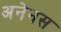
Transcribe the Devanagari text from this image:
अनेनस